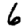
Digit: 6